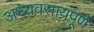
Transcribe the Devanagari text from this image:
अध्यवसायपूर्ण